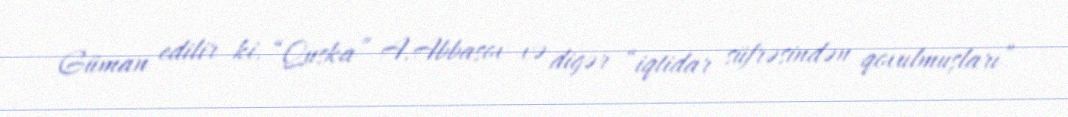
Güman edilir ki, “Quska” A.Abbasov və digər “iqtidar süfrəsindən qovulmuşları”